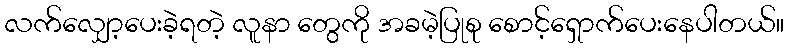
လက်လျှော့ပေးခဲ့ရတဲ့ လူနာ တွေကို အခမဲ့ပြုစု စောင့်ရှောက်ပေးနေပါတယ်။